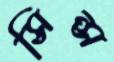
সিন্স